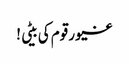
غیور قوم کی بیٹی !